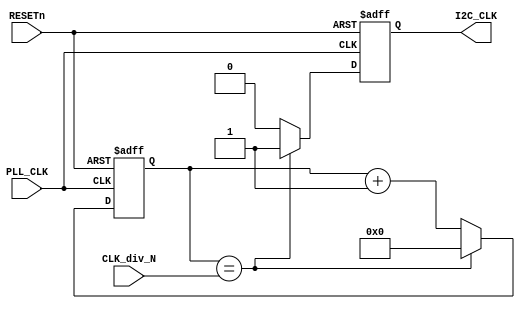
/********************************************************************************
 *																				*
 *		I2C_Clock_gen.v  Ver 0.1														*
 *																				*
 *		Designed by	Yoon Dong Joon                                              *
 *																				*
 ********************************************************************************
 *																				*
 *		Support Verilog 2001 Syntax												*
 *																				*
 *		Update history : 2011.10.23	 original authored (Ver.0.1)				*
 *																				*
 *		Support only Single Master												*
 *																				*
 ********************************************************************************/	

`timescale 1ns/1ps		

module I2C_Clock_gen(
	//---------------------------------------------------------------------------
	//	Clock Src and Reset Signals
	//---------------------------------------------------------------------------
	input				PLL_CLK,
	input				RESETn,

	//---------------------------------------------------------------------------
	//	Clock Divider	
	//---------------------------------------------------------------------------
	input	[15:0]		CLK_div_N,
	
	//---------------------------------------------------------------------------
	//	Generated I2C Clock
	//---------------------------------------------------------------------------
	output				I2C_CLK
);		 
               
//-------------------------------------------------------------------------------
//	Internal Signals
//-------------------------------------------------------------------------------
reg			iI2C_CLK;
reg	[15:0]	iCnt;

//-------------------------------------------------------------------------------
//	I2C Clock Genrerator
//-------------------------------------------------------------------------------
always@(posedge PLL_CLK, negedge RESETn)
begin
	if(!RESETn) begin
		iI2C_CLK	<= 1'b0;
		iCnt		<= 16'd0;
	end
	else begin
		if(iCnt == CLK_div_N[15:0]) begin
			iI2C_CLK	<= 1'b1;
			//iI2C_CLK	<= !iI2C_CLK;
			iCnt		<= 16'd0;
		end 
		else begin
			iI2C_CLK	<= 1'b0;
			iCnt		<= iCnt + 16'd1;
		end
	end
end

assign I2C_CLK = iI2C_CLK;

endmodule